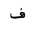
Letter: _fa